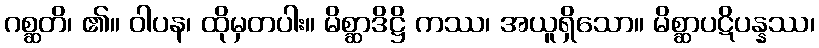
ဂစ္ဆတိ၊ ၏။ ဝါပန၊ ထိုမှတပါး။ မိစ္ဆာဒိဋ္ဌိ ကဿ၊ အယူရှိသော။ မိစ္ဆာပဋိပန္နဿ၊